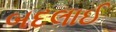
બદલાઈ